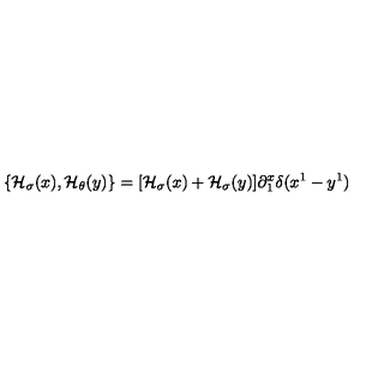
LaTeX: \{ { \cal H } _ { \sigma } ( x ) , { \cal H } _ { \theta } ( y ) \} = [ { \cal H } _ { \sigma } ( x ) + { \cal H } _ { \sigma } ( y ) ] \partial _ { 1 } ^ { x } \delta ( x ^ { 1 } - y ^ { 1 } )